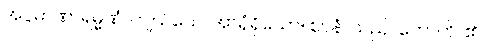
အပ္ပမာဏာရမ္မဏံ၊ ကျယ်သောအာရုံရှိသော။ ဈာနံ၊ သည်။ ဟောတိ၊ ၏။